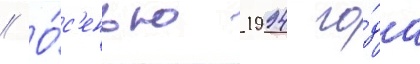
// О́с'енью 1994 го́да